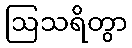
ဩသရိတွာ